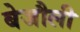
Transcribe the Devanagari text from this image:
बेजौली